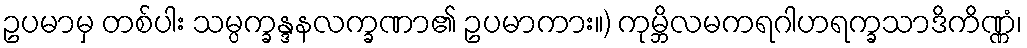
ဥပမာမှ တစ်ပါး သမ္ပက္ခန္ဒနလက္ခဏာ၏ ဥပမာကား။) ကုမ္ဘိလမကရဂါဟရက္ခသာဒိကိဏ္ဏံ၊